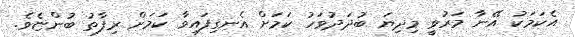
އެކަމަކު އޭނާ މަރުވީ މިދިޔަ ބުދަދުވަހު ކަމަށް އެނގިފައިވާ ކަމަށް ރިފާތު ބުންޏެވެ.